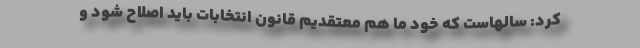
کرد: سالهاست که خود ما هم معتقدیم قانون انتخابات باید اصلاح شود و